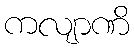
ကလျာဏိ